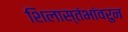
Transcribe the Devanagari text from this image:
शिलास्तंभांवरुन